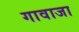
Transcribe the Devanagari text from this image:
गावाजा